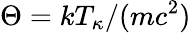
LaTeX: \Theta=kT_{\kappa}/(mc^{2})